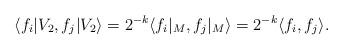
LaTeX: \begin{align*}\langle f_i|V_2 , f_j | V_2 \rangle &= 2^{-k} \langle f_i|_M , f_j |_M \rangle = 2^{-k} \langle f_i,f_j \rangle.\end{align*}